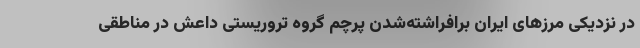
در نزدیکی مرزهای ایران برافراشته‌شدن پرچم گروه تروریستی داعش در مناطقی